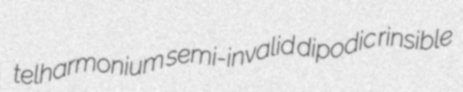
telharmonium semi-invalid dipodic rinsible